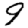
Digit: 9